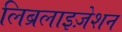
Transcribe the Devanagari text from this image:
लिब्रलाइज़ेशन